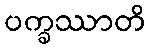
ပက္ခဿာတိ